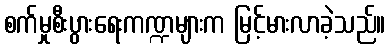
စက်မှုစီးပွားရေးကဏ္ဍများက မြင့်မားလာခဲ့သည်။